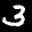
Label: 3